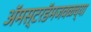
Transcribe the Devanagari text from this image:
ॲमस्टरडॅमजवळच्या